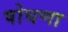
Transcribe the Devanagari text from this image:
षोघणा